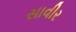
સાવીર